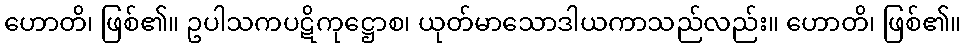
ဟောတိ၊ ဖြစ်၏။ ဥပါသကပဋိကုဋ္ဌောစ၊ ယုတ်မာသောဒါယကာသည်လည်း။ ဟောတိ၊ ဖြစ်၏။